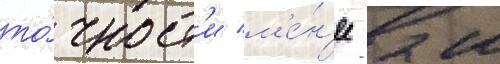
то́чност'и м'е́н'ее 2 м